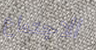
الاجتماع